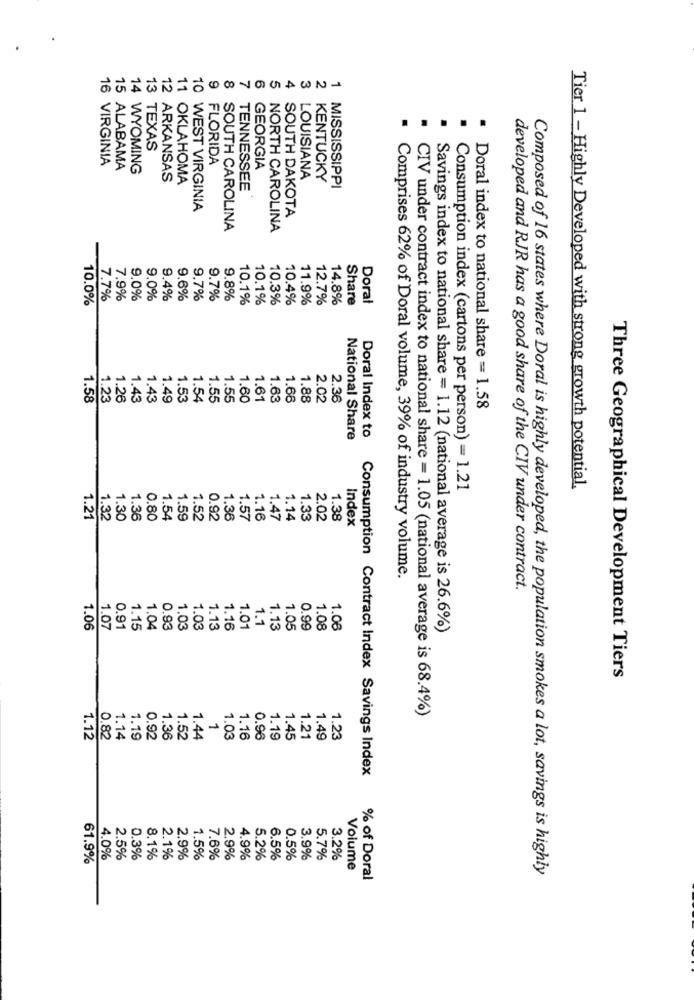
13
9
8
TEXAS
16 VIRGINIA
FLORIDA
15 ALABAMA
14 WYOMING
GEORGIA
12 ARKANSAS
11 OKLAHOMA
LOUISIANA
KENTUCKY
TENNESSEE
MISSISSIPPI
10 WEST VIRGINIA
SOUTH DAKOTA
SOUTH CAROLINA
NORTH CAROLINA
10.0%
7.7%
7.9%
9.0%
9.0%
9.4%
9.6%
9.7%
9.7%
9.8%
10.1%
10.1%
10.3%
10.4%
11.9%
12.7%
14.8%
Share
Doral
1.58
1.23
1.26
1.43
1.43
1.49
1,53
1.54
1.55
1.55
1.60
1.61
1.63
1.66
1.88
2.02
2.36
Doral index to national share = 1.58
Doral Index to
National Share
Tier 1 - Highly Developed with strong growth potential.
Consumption index (cartons per person) = 1.21
1.21
1.32
1.30
1.36
0.80
1.54
1.59
1.52
0.92
1.36
1.57
1.16
1.47
1.14
1.33
2.02
1.38
Index
Comprises 62% of Doral volume, 39% of industry volume.
developed and RJR has a good share of the CIV under contract.
1.1
1.06
1.07
0.91
1.15
1.04
0.93
1.03
1.03
1.13
1.16
1.01
1.13
1.05
0.99
1.08
1.06
Savings index to national share = 1.12 (national average is 26.6%)
Three Geographical Development Tiers
CIV under contract index to national share = 1.05 (national average is 68.4%)
1
1.12
0.82
1.14
1.19
0.92
1.36
1.52
1.44
1.03
1.16
0.96
1.19
1.45
1.21
1.49
1.23
Consumption Contract Index Savings Index
61.9%
4.0%
2.5%
0.3%
8.1%
2.1%
2.9%
1.5%
7.6%
2.9%
4.9%
5.2%
6.5%
0.5%
3.9%
5.7%
3.2%
Volume
Composed of 16 states where Doral is highly developed, the population smokes a lot, savings is highly
% of Doral